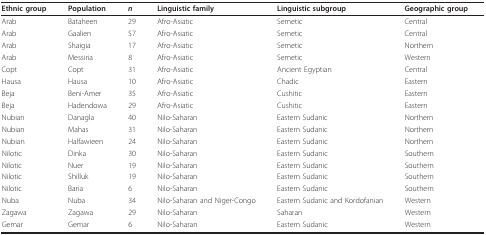
| Ethnic group | Population | n | Linguistic family | Linguistic subgroup | Geographic group |
 | --- | --- | --- | --- | --- | --- |
 | Arab | Bataheen | 29 | Afro-Asiatic | Semetic | Central |
 | Arab | Gaalien | 57 | Afro-Asiatic | Semetic | Central |
 | Arab | Shaigia | 17 | Afro-Asiatic | Semetic | Northern |
 | Arab | Messiria | 8 | Afro-Asiatic | Semetic | Western |
 | Copt | Copt | 31 | Afro-Asiatic | Ancient Egyptian | Central |
 | Hausa | Hausa | 10 | Afro-Asiatic | Chadic | Eastern |
 | Beja | Beni-Amer | 35 | Afro-Asiatic | Cushitic | Eastern |
 | Beja | Hadendowa | 29 | Afro-Asiatic | Cushitic | Eastern |
 | Nubian | Danagla | 40 | Nilo-Saharan | Eastern Sudanic | Northern |
 | Nubian | Mahas | 31 | Nilo-Saharan | Eastern Sudanic | Northern |
 | Nubian | Halfawieen | 24 | Nilo-Saharan | Eastern Sudanic | Northern |
 | Nilotic | Dinka | 30 | Nilo-Saharan | Eastern Sudanic | Southern |
 | Nilotic | Nuer | 19 | Nilo-Saharan | Eastern Sudanic | Southern |
 | Nilotic | Shilluk | 19 | Nilo-Saharan | Eastern Sudanic | Southern |
 | Nilotic | Baria | 6 | Nilo-Saharan | Eastern Sudanic | Southern |
 | Nuba | Nuba | 34 | Nilo-Saharan and Niger-Congo | Eastern Sudanic and Kordofanian | Western |
 | Zagawa | Zagawa | 29 | Nilo-Saharan | Saharan | Western |
 | Gemar | Gemar | 6 | Nilo-Saharan | Eastern Sudanic | Western |